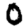
Digit: 0